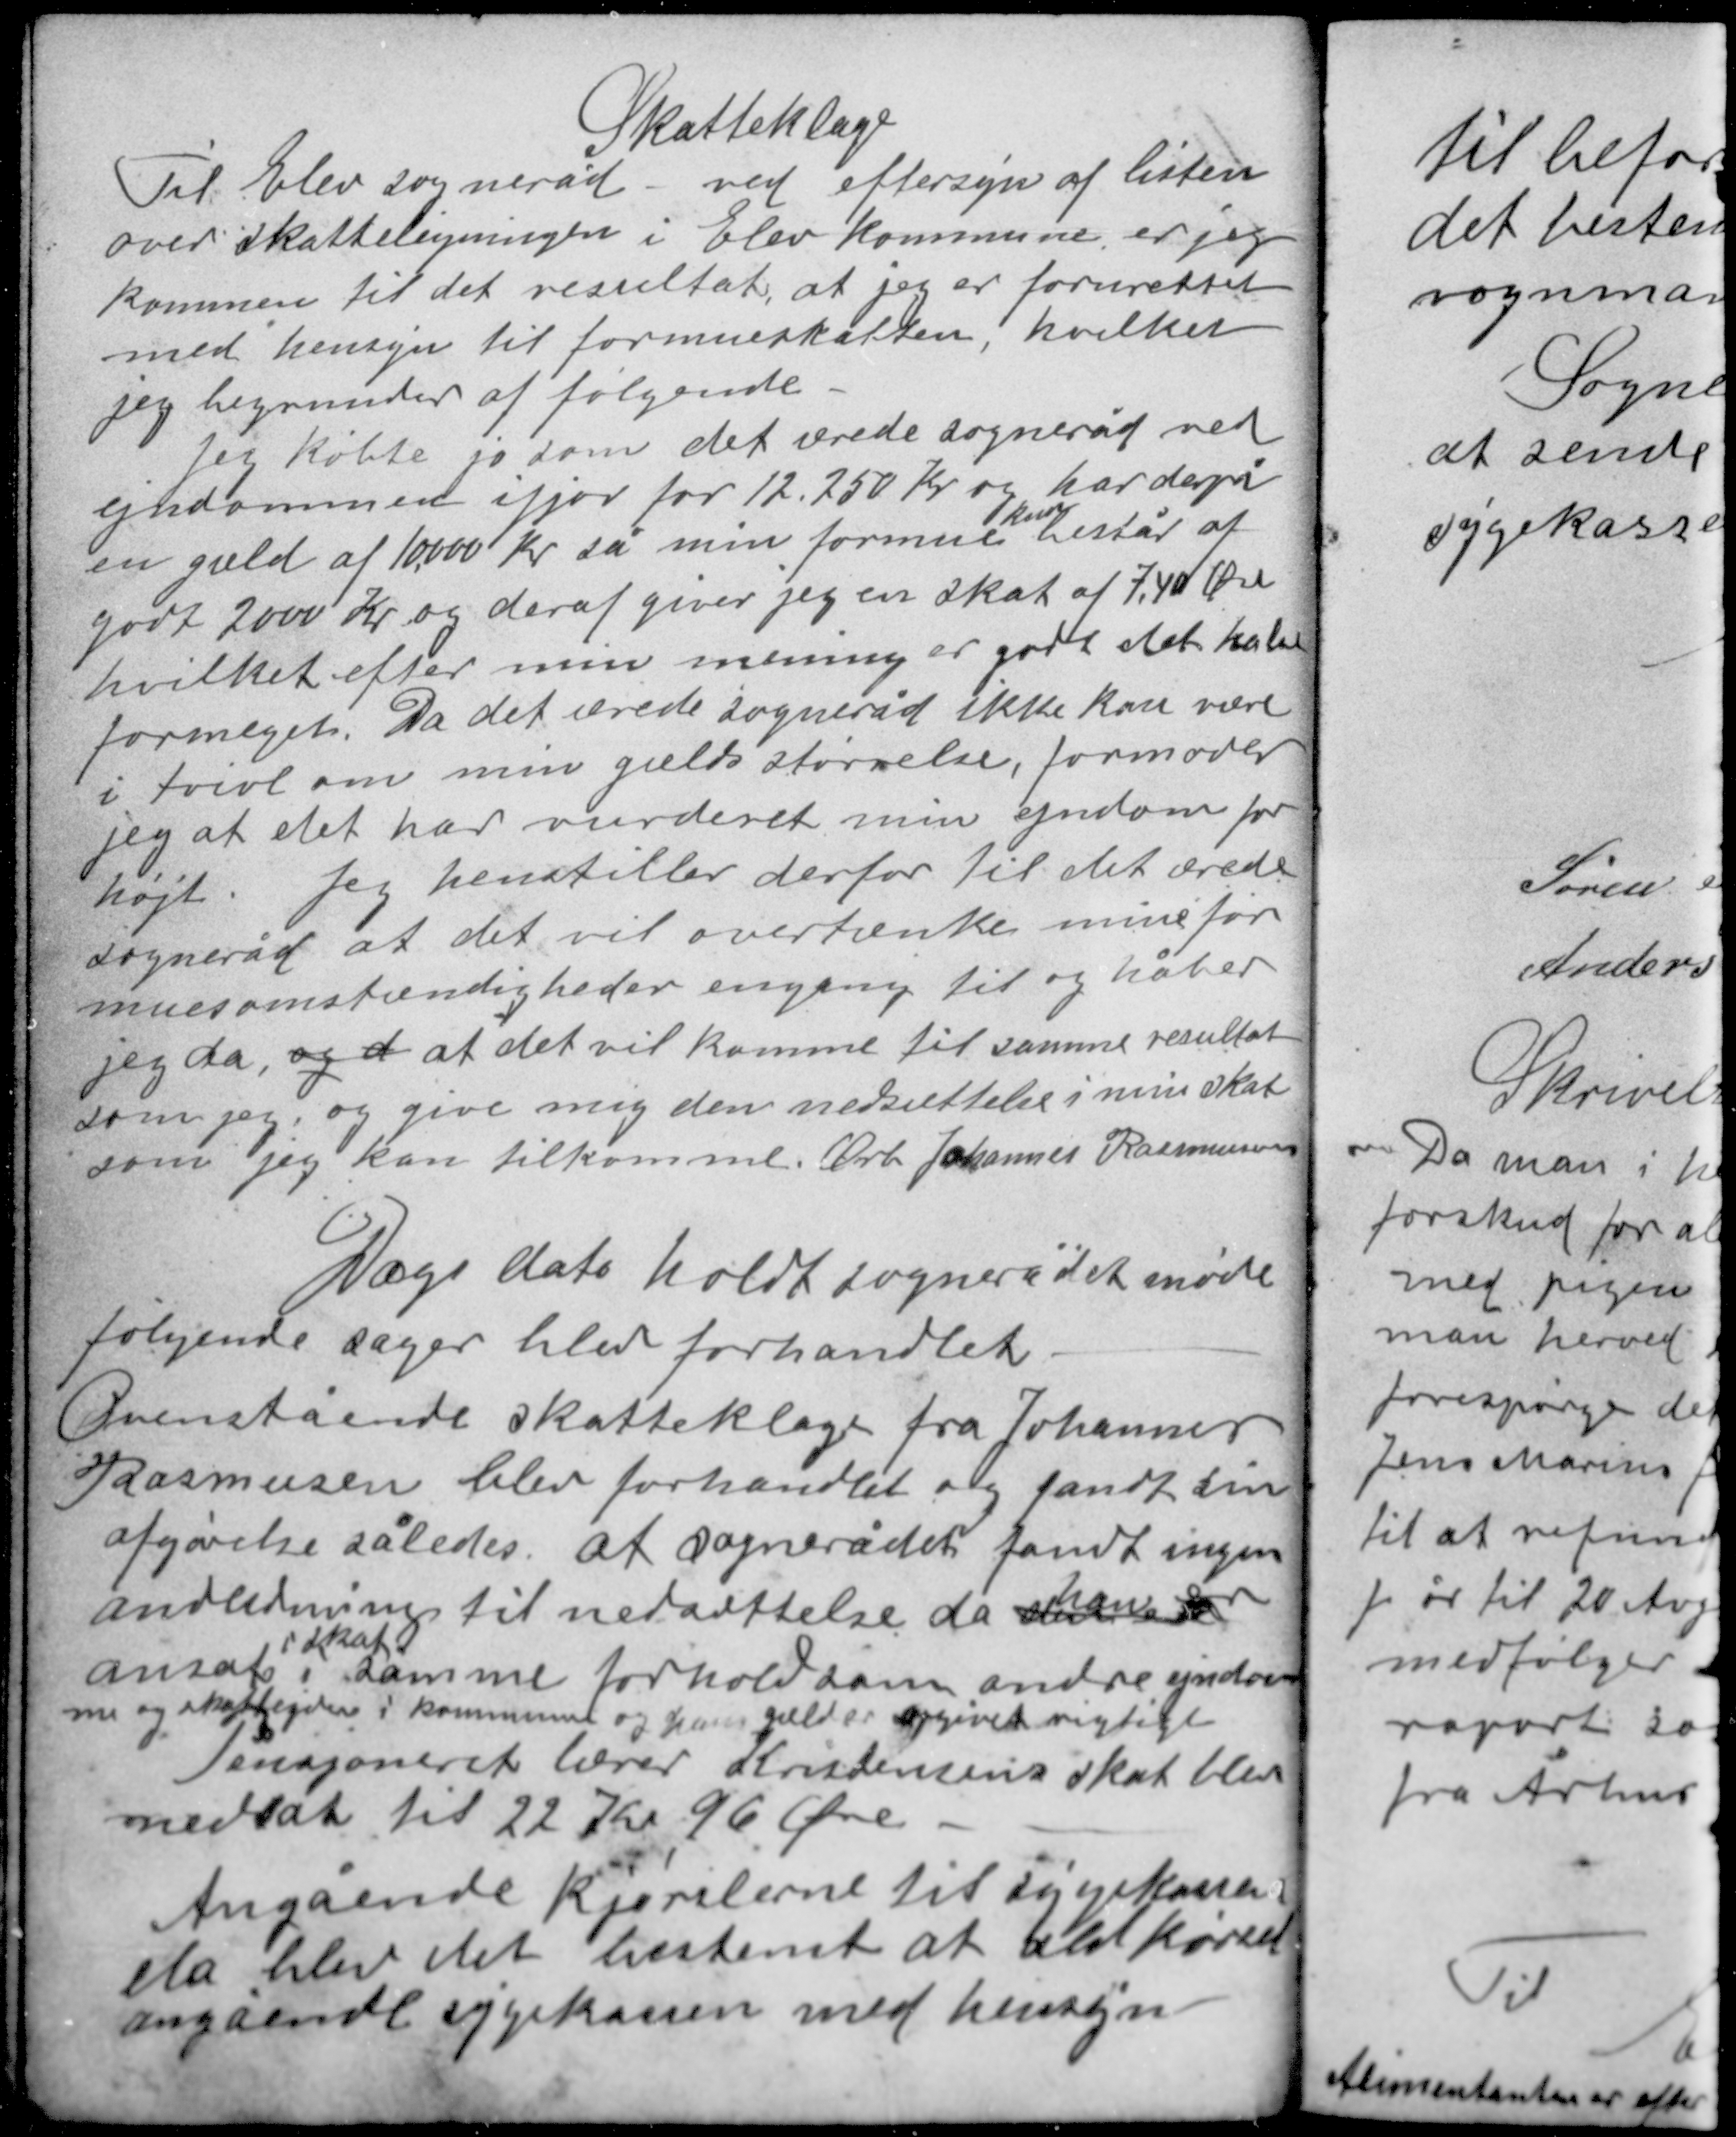
Transskription:
Skatteklage
Til Elev sogneråd ved eftersyn af listen
over skatteligningen i Elev kommune er jeg
kommen til det resultat, at jeg er forurettet
med hensyn til formueskatten, hvilket
jeg begrunder af følgende.

Jeg købte jo som det ærede sogneråd ved
ejendommen ifjor for 12.250 Kr og har derpå
kun
en gæld af 10.000 Kr så min formue består af
godt 2000 Kr og deraf giver jeg en skat af 7,40 Øre
hvilket efter min mening er godt det halve
formeget. Da det ærede sogneråd ikke kan være
i tvivl om min gælds størrelse, formoder
jeg at det har vurderet min ejendom for
højt. Jeg henstiller derfor til det ærede
sogneråd at det vil overtænke mine for-
muesomstændigheder engang til og håber
jeg da, og d at det vil komme til samme resultat
som jeg og give mig den nedsættelse i min skat
som jeg kan tilkomme. Ærb. Johannes Rasmussen

Dags dato holdt sognerådet møde
følgende sager blev forhandlet.
Ovenstående skatteklage fra Johannes
Rasmusen blev forhandlet og fandt sin
afgørelse således at sognerådet fandt ingen
han er
anledning til nedsættelse da den er
i skat
ansat i samme forhold som andre ejendom-
me og skatteydere i kommunen og hans gæld er opgivet rigtigt.
Pensjoneret lærer Kristensens skat blev
nedsat til 22 Kr 96 Øre

Angående kjørslerne til sygekassen
da blev det bestemt at alt kørsel
angående sygekassen med hensyn